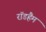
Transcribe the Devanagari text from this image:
रॉडहैम